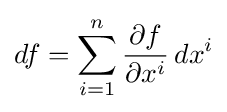
df=\sum _{i=1}^{n}{\frac {\partial f}{\partial x^{i}}}\,dx^{i}